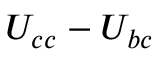
U _ { c c } - U _ { b c }